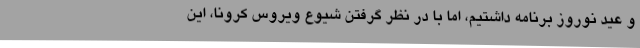
و عید نوروز برنامه داشتیم، اما با در نظر گرفتن شیوع ویروس کرونا، این